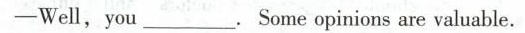
——Well,you___.Some opinions are valuable.